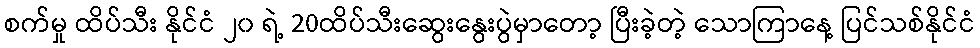
စက်မှု ထိပ်သီး နိုင်ငံ ၂၀ ရဲ့ 20ထိပ်သီးဆွေးနွေးပွဲမှာတော့ ပြီးခဲ့တဲ့ သောကြာနေ့ ပြင်သစ်နိုင်ငံ